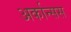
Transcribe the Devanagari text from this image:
अर्कान्सस